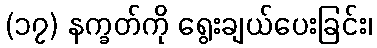
(၁၇) နက္ခတ်ကို ရွေးချယ်ပေးခြင်း၊